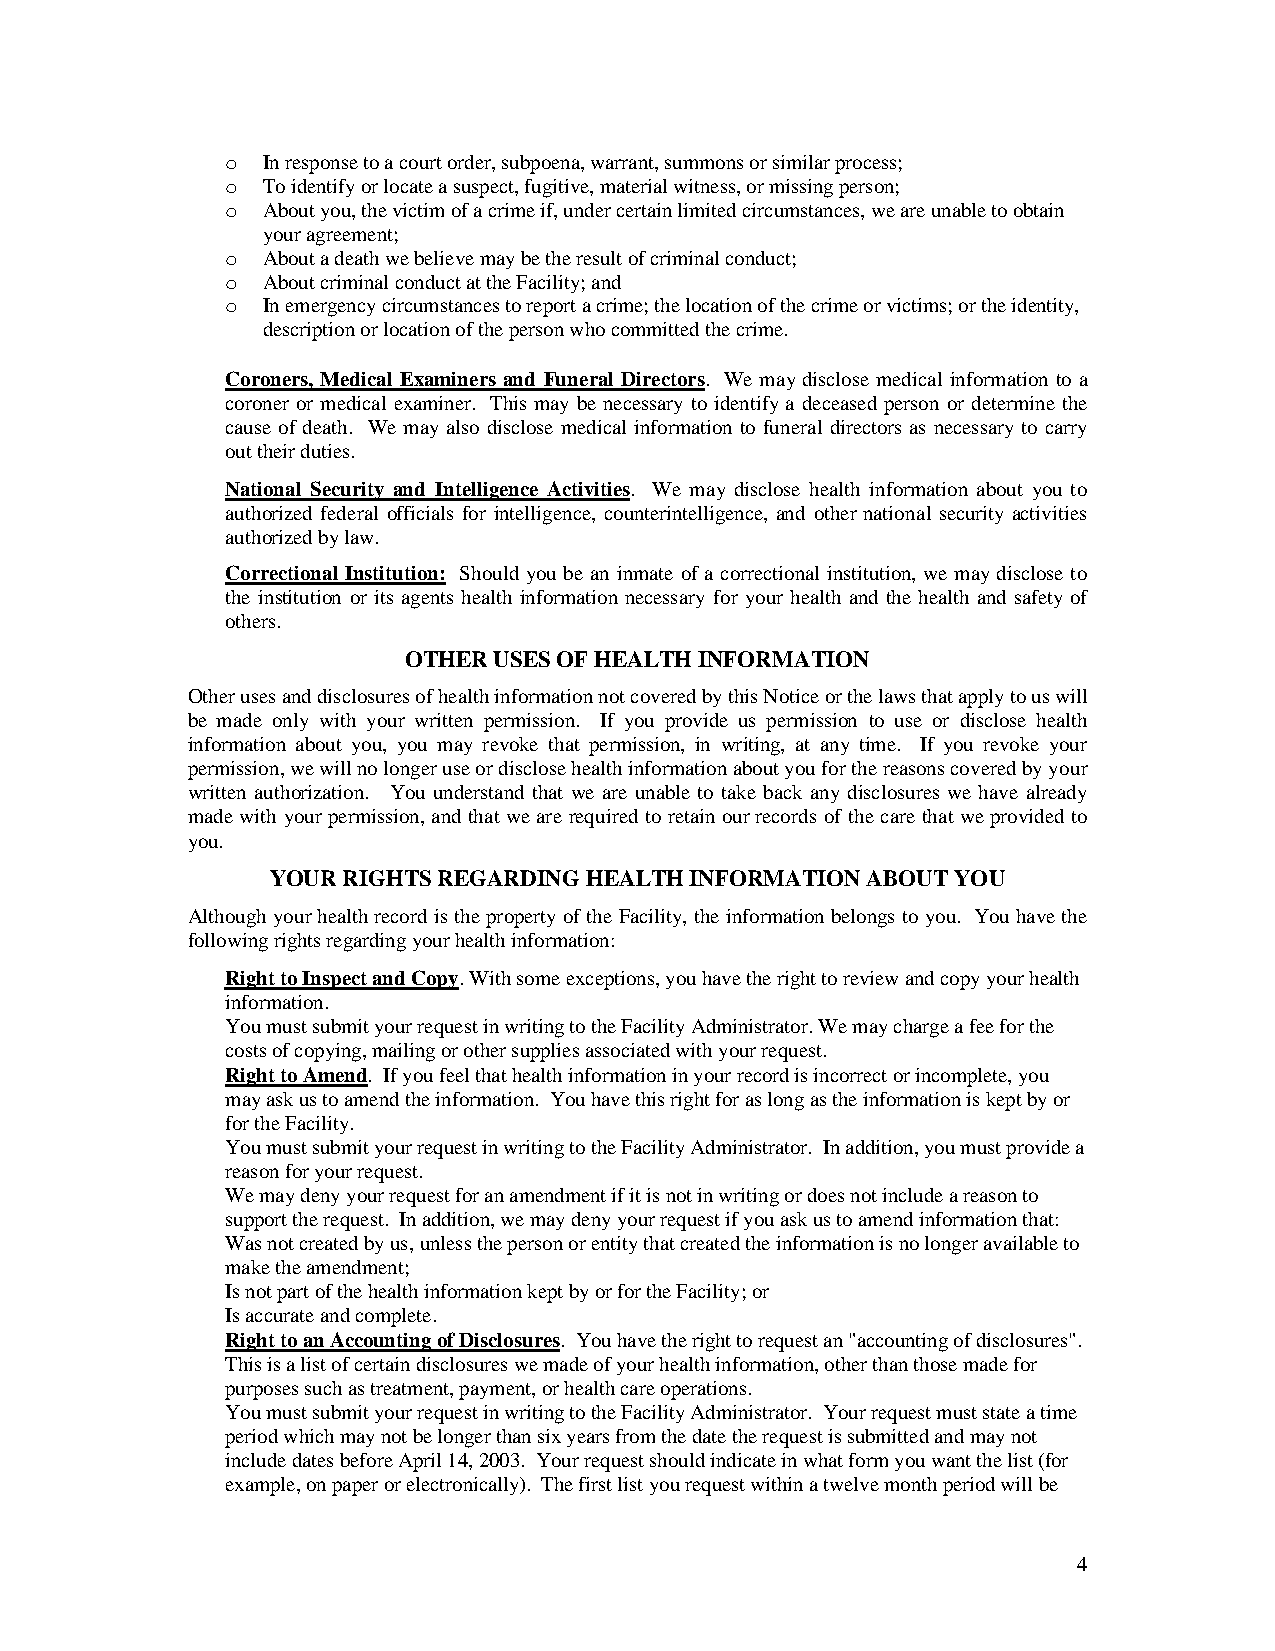
o In response to a court order, subpoena, warrant, summons or similar process;
 o To identify or locate a suspect, fugitive, material witness, or missing person;
 o About you, the victim of a crime if, under certain limited circumstances, we are unable to obtain
 your agreement;
 o About a death we believe may be the result of criminal conduct;
 o About criminal conduct at the Facility; and
 o In emergency circumstances to report a crime; the location of the crime or victims; or the identity,
 description or location of the person who committed the crime.
   Coroners, Medical Examiners and Funeral Directors. We may disclose medical information to a
 coroner or medical examiner. This may be necessary to identify a deceased person or determine the
 cause of death. We may also disclose medical information to funeral directors as necessary to carry
 out their duties.
   National Security and Intelligence Activities. We may disclose health information about you to
 authorized federal officials for intelligence, counterintelligence, and other national security activities
 authorized by law.
   Correctional Institution: Should you be an inmate of a correctional institution, we may disclose to
 the institution or its agents health information necessary for your health and the health and safety of
 others.
 OTHER USES OF HEALTH INFORMATION
 Other uses and disclosures of health information not covered by this Notice or the laws that apply to us will
 be made only with your written permission. If you provide us permission to use or disclose health
 information about you, you may revoke that permission, in writing, at any time. If you revoke your
 permission, we will no longer use or disclose health information about you for the reasons covered by your
 written authorization. You understand that we are unable to take back any disclosures we have already
 made with your permission, and that we are required to retain our records of the care that we provided to
 you.
 YOUR RIGHTS REGARDING HEALTH INFORMATION ABOUT YOU
 Although your health record is the property of the Facility, the information belongs to you. You have the
 following rights regarding your health information:
   Right to Inspect and Copy. With some exceptions, you have the right to review and copy your health
 information.
 You must submit your request in writing to the Facility Administrator. We may charge a fee for the
 costs of copying, mailing or other supplies associated with your request.
   Right to Amend. If you feel that health information in your record is incorrect or incomplete, you
 may ask us to amend the information. You have this right for as long as the information is kept by or
 for the Facility.
 You must submit your request in writing to the Facility Administrator. In addition, you must provide a
 reason for your request.
 We may deny your request for an amendment if it is not in writing or does not include a reason to
 support the request. In addition, we may deny your request if you ask us to amend information that:
 Was not created by us,unless the person or entity that created the information is no longer available to
 make the amendment;
 Is not part of the health information kept by or for the Facility; or
 Is accurate and complete.
   Right to an Accounting of Disclosures. You have the right to request an "accounting of disclosures".
 This is a list of certain disclosures we made of your health information, other than those made for
 purposes such as treatment, payment, or health care operations.
 You must submit your request in writing to the Facility Administrator. Your request must state a time
 period which may not be longer than six years from the date the request is submitted and may not
 include dates before April 14, 2003. Your request should indicate in what form you want the list (for
 example, on paper or electronically). The first list you request within a twelve month period will be
 4